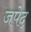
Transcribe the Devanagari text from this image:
जपेद्